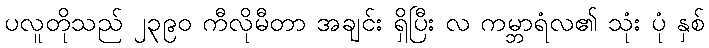
ပလူတိုသည် ၂၃၉၀ ကီလိုမီတာ အချင်း ရှိပြီး လ ကမ္ဘာရံလ၏ သုံး ပုံ နှစ်